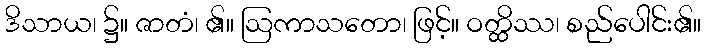
ဒိသာယ၊ ၌။ ဇာတံ၊ ၏။ ဩကာသတော၊ ဖြင့်။ ဝတ္ထိဿ၊ စည်ပေါင်း၏။